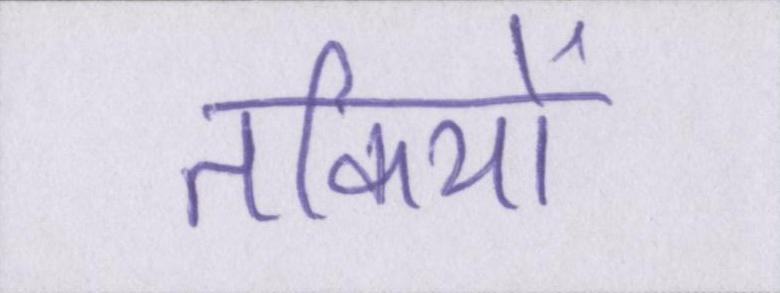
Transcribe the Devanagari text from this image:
तकियों